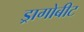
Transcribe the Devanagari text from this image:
ड्रागोबीट